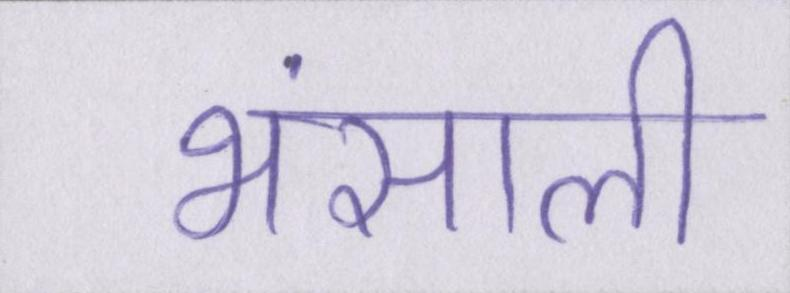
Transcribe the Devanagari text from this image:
भंसाली